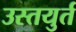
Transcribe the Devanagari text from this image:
उस्तयुर्त